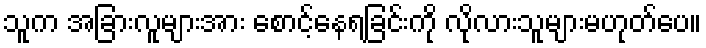
သူက အခြားလူများအား စောင့်နေရခြင်းကို လိုလားသူများမဟုတ်ပေ။